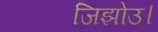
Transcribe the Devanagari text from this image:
जिझोउ।